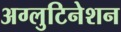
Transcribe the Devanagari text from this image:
अग्लुटिनेशन